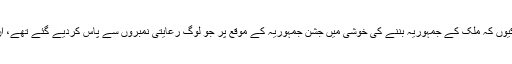
اجّن اپنے گھرانے میں سے زیادہ لائق فائق تھا، کیوں کہ ملک کے جمہوریہ بننے کی خوشی میں جشن جمہوریہ کے موقع پر جو لوگ رعایتی نمبروں سے پاس کردیے گئے تھے، ان میں اجّن بھی میٹرک کی کھائی پھلانگ گیا تھا۔